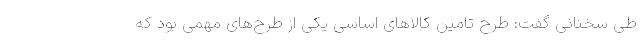
طی سخنانی گفت: طرح تامین کالاهای اساسی یکی از طرح‌های مهمی بود که